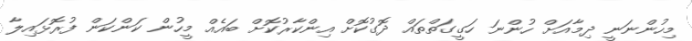
މިހުންނަނީ ދިމާއަށް ހުންނަ ހަގީގަތްތައް ދޮގުކޮށް އިންކާރުކޮށް ބައެއް މީހުން ކަންކަން ފުރޮޅައިލާ